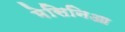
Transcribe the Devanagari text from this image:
मेसिनिआ